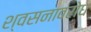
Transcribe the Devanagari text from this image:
श्वसनावरोध